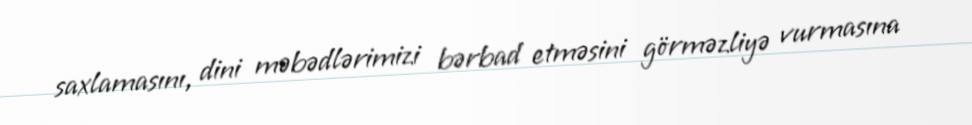
saxlamasını, dini məbədlərimizi bərbad etməsini görməzliyə vurmasına